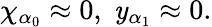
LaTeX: \chi_{\alpha_{0}}\approx0,\; \mathit{y}_{\alpha_{1}}\approx0.